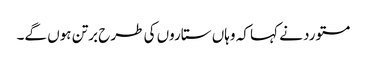
مستورد نے کہا کہ وہاں ستاروں کی طرح برتن ہوں گے۔